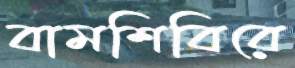
বামশিবিরে